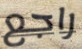
راجع